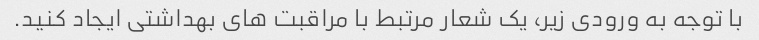
با توجه به ورودی زیر، یک شعار مرتبط با مراقبت های بهداشتی ایجاد کنید.